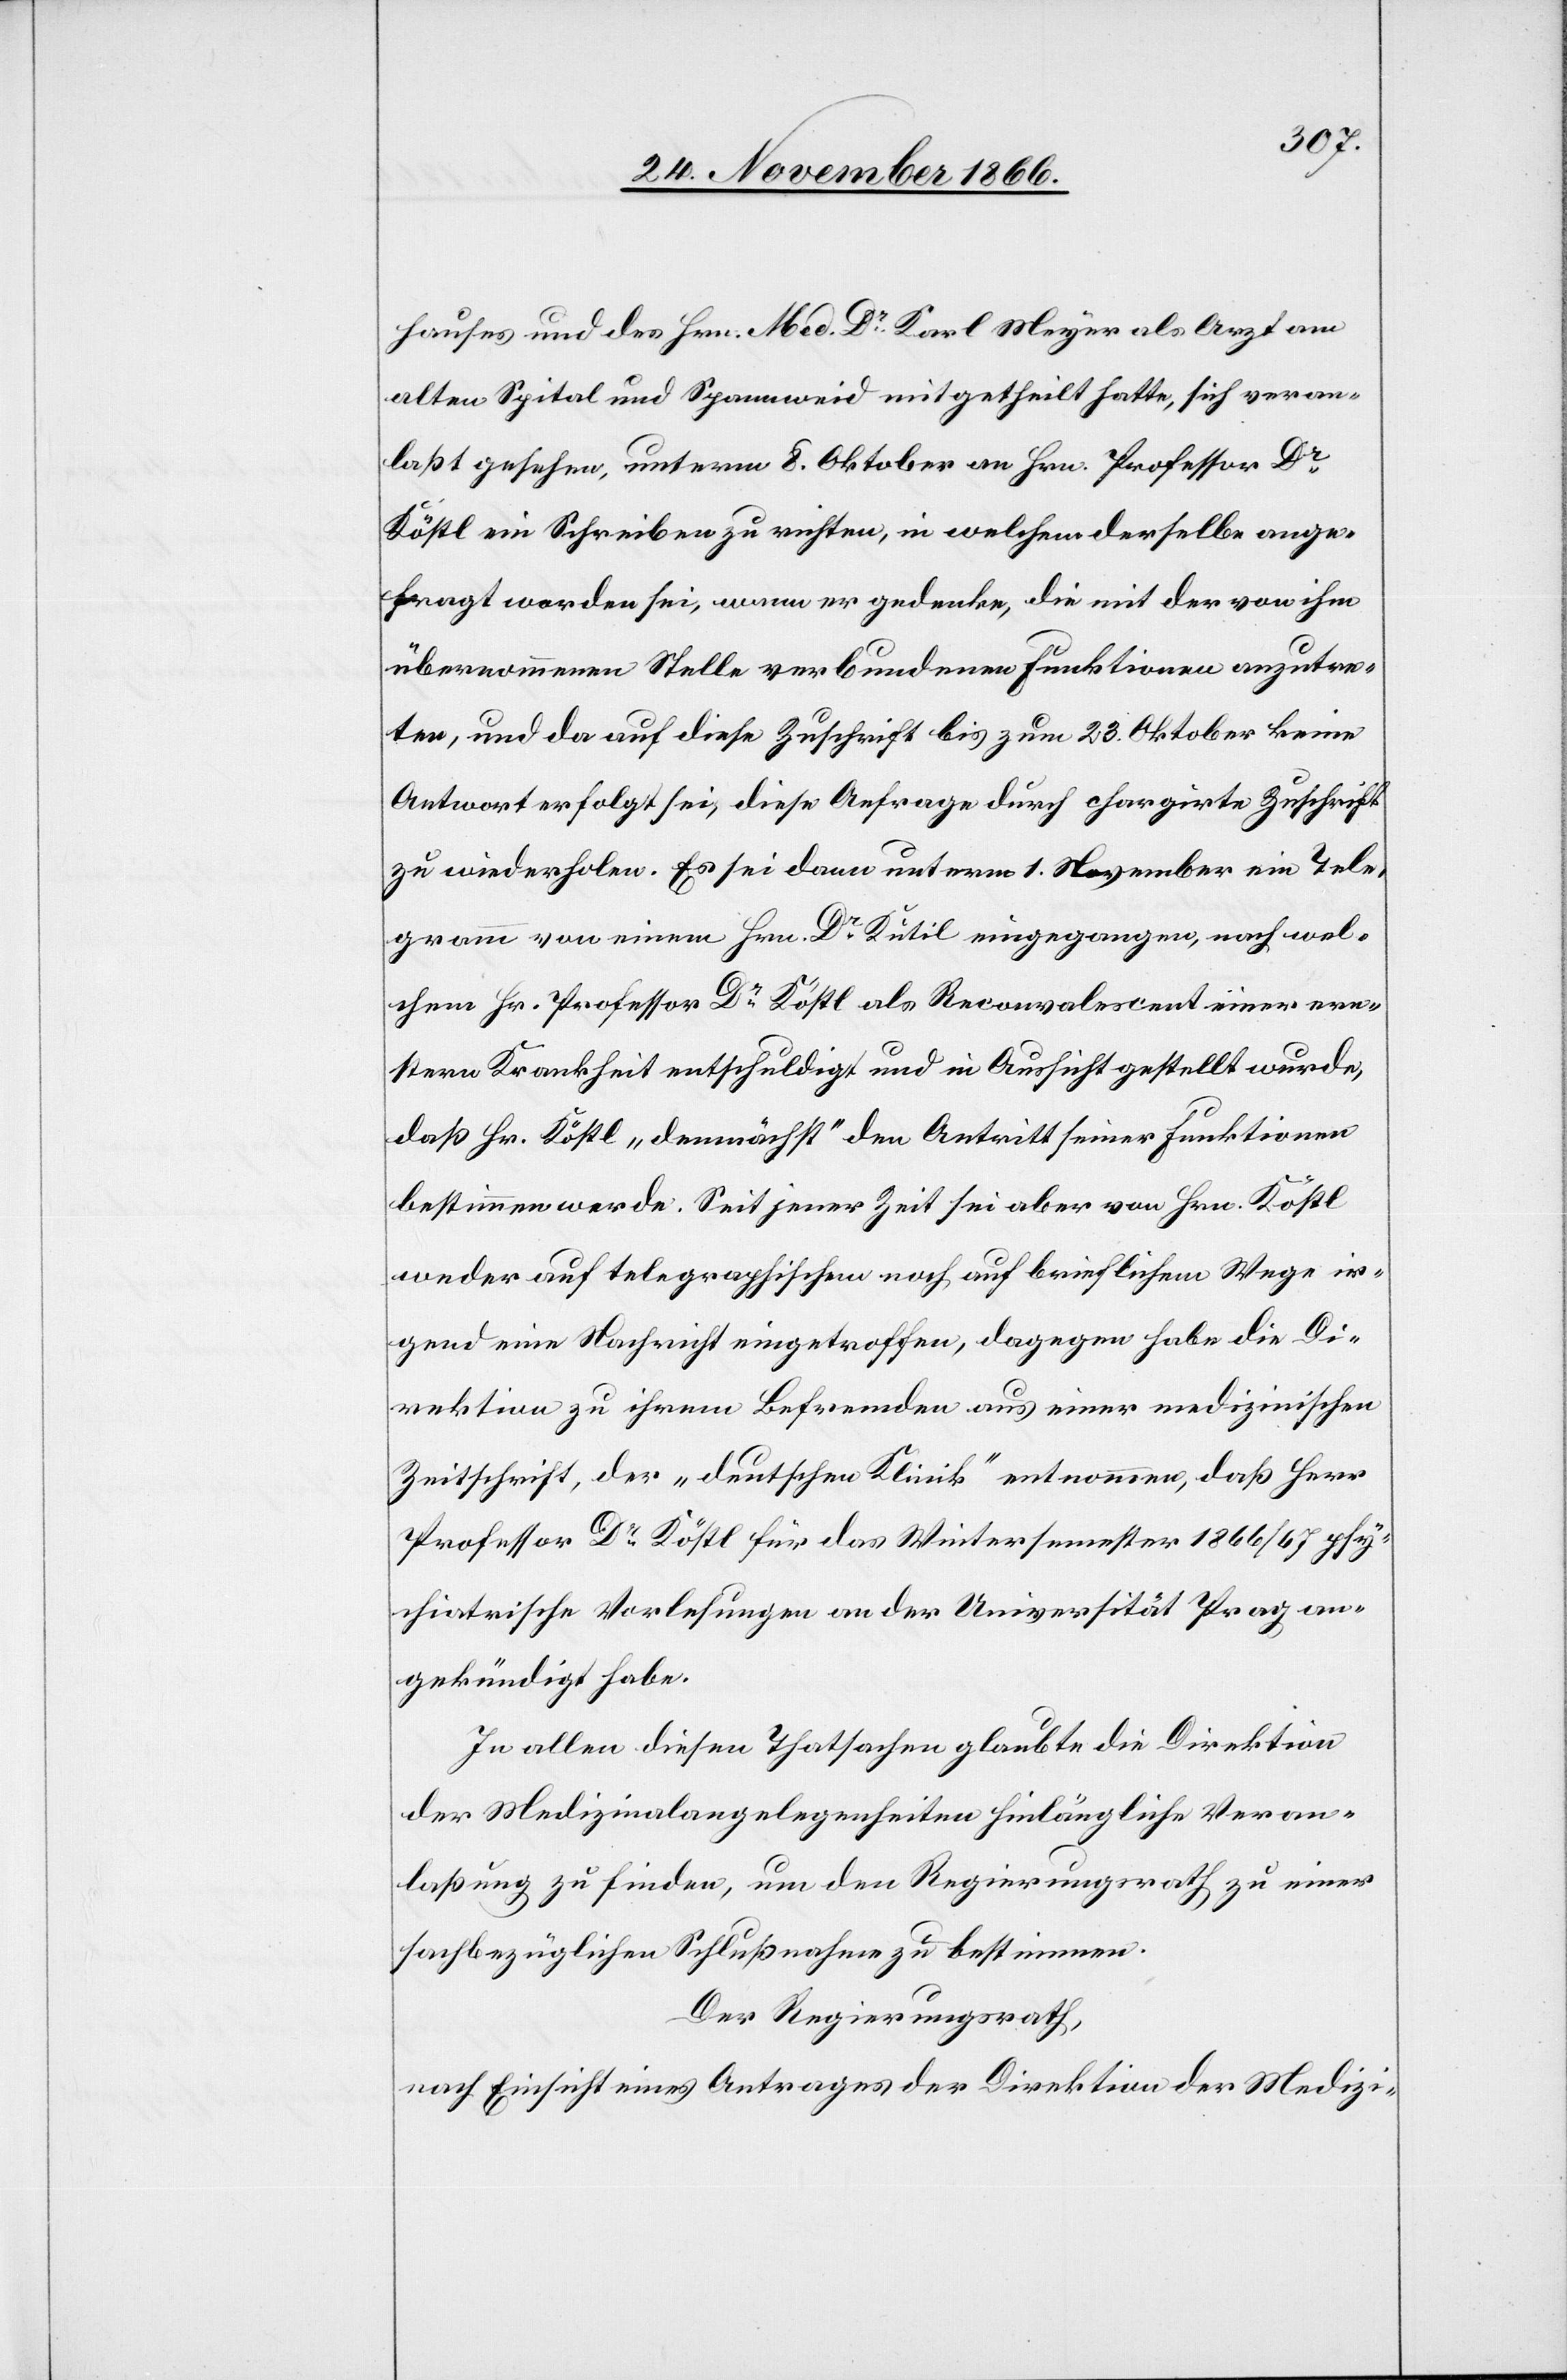
hauses und des Hrn. Med. Dr. Karl Meyer als Arzt am
alten Spital und Spannweid mitgetheilt hatte, sich veran¬
laßt gesehen, unterm 8. Oktober an Hrn. Professor Dr.
Köstl ein Schreiben zu richten, in welchem derselbe ange¬
fragt worden sei, wann er gedenke, die mit der von ihm
übernommenen Stelle verbundenen Funktionen anzutre¬
ten, und da auf diese Zuschrift bis zum 23. Oktober keine
Antwort erfolgt sei, diese Anfrage durch chargirte Zuschrift
zu wiederholen. Es sei dann unterm 1. November ein Tele¬
gramm von einem Hrn. Dr. Kutil eingegangen, nach wel¬
chem Hr. Professor Dr. Köstl als Reconvalescent einer ern¬
stern Krankheit entschuldigt und in Aussicht gestellt wurde,
daß Hr. Köstl „demnächst“ den Antritt seiner Funktionen
bestimmen werde. Seit jener Zeit sei aber von Hrn. Köstl
weder auf telegraphischem noch auf brieflichem Wege ir¬
gend eine Nachricht eingetroffen, dagegen habe die Di¬
rektion zu ihrem Befremden aus einer medizinischen
Zeitschrift, der „deutschen Klinik“ entnommen, daß Herr
Professor Dr. Köstl für das Wintersemester 1866/67 psy¬
chiatrische Vorlesungen an der Universität Prag an¬
gekündigt habe.
In allen diesen Thatsachen glaubte die Direktion
der Medizinalangelegenheiten hinlängliche Veran¬
laßung zu finden, um den Regierungsrath zu einer
sachbezüglichen Schlußnahme zu bestimmen.
Der Regierungsrath,
nach Einsicht eines Antrages der Direktion der Medizi-